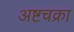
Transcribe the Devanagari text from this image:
अष्टचक्रा